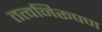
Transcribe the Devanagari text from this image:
तत्वनिरूपण